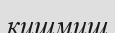
кишмиш